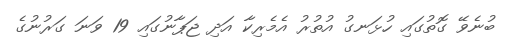
ބުނެވޭ ގޮތުގައި ހުޅަނގު އުތުރު އެމެރިކާ އަދި ޖަޕާނުގައި 19 ވަނަ ގަރުނުގެ